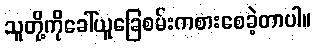
သူတို့ကိုခေါ်ယူခြေစမ်းကစားစေခဲ့တာပါ။